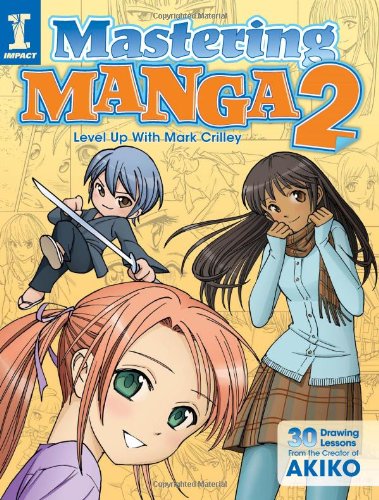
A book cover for Mastering Manga 2: Level Up with Mark Crilley; Mark Crilley; Comics & Graphic Novels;